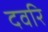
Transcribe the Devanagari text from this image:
दवरि